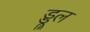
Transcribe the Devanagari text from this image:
ड्डूल